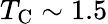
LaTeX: T_{\mathrm{C}}\sim 1.5